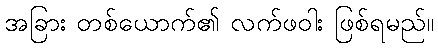
အခြား တစ်ယောက်၏ လက်ဖဝါး ဖြစ်ရမည်။